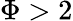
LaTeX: \Phi>2